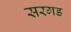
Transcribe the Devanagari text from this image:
सरगड